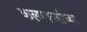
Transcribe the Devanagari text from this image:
कलाकारांच्‍या